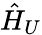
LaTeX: \hat{H}_{U}